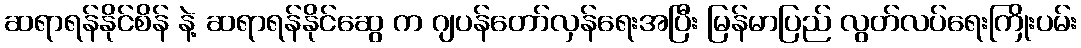
ဆရာရန်နိုင်စိန် နဲ့ ဆရာရန်နိုင်ဆွေ က ဂျပန်တော်လှန်ရေးအပြီး မြန်မာပြည် လွတ်လပ်ရေးကြိုးပမ်း